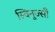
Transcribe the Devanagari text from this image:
स्विनूज्सी